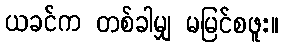
ယခင်က တစ်ခါမျှ မမြင်စဖူး။